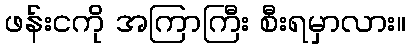
ဖန်းငကို အကြာကြီး စီးရမှာလား။